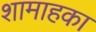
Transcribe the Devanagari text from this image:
शामाहका